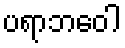
ပရာဘဝေါ